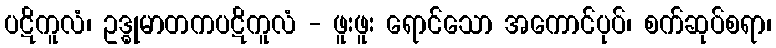
ပဋိကူလံ၊ ဥဒ္ဓုမာတကပဋိကူလံ - ဖူးဖူး ရောင်သော အကောင်ပုပ်၊ စက်ဆုပ်စရာ၊